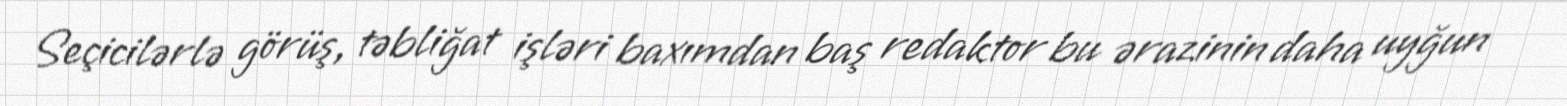
Seçicilərlə görüş, təbliğat işləri baxımdan baş redaktor bu ərazinin daha uyğun